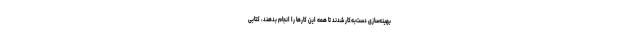
بهینه‌سازی دست‌به‌کار شدند تا همهٔ این کارها را انجام بدهند، کتابی